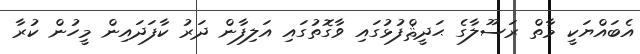
އެބައްޔަކީ މާތް ރަސޫލާގެ ޙަދީޘްފުޅުގައި ވާގޮތުގައި އަލިފާން ދަރު ކާފަދައިން މީހުން ކުރާ